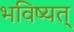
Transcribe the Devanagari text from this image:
भविष्यत्‌